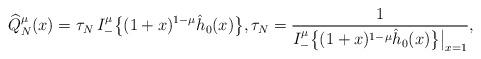
LaTeX: \begin{align*} &\widehat Q_N^\mu(x)= \tau_N\, I_-^\mu \big\{(1+x)^{1-\mu} \hat h_0(x)\big\}, \tau_N=\frac 1 {I_-^\mu \big\{(1+x)^{1-\mu} \hat h_0(x)\big\}\big|_{x=1}}, \end{align*}